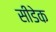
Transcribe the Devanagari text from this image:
सीडेक